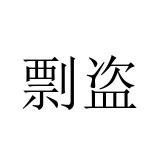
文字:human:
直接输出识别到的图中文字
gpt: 剽盗